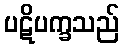
ပဋိပက္ခသည်